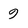
Character: 9